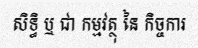
សិទ្ធិ ឬ ជា កម្មវត្ថុ នៃ កិច្ចការ